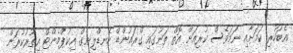
އެބަހުރި ކަމަށާއި ނަމަވެސް ކުރިއަށް އޮތް ތަނުގައި ގްރައުންޑް ހެނޑްލިނގް އިކުޕްމެންޓް އިތުރުކުރަން